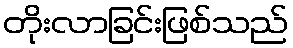
တိုးလာခြင်းဖြစ်သည်